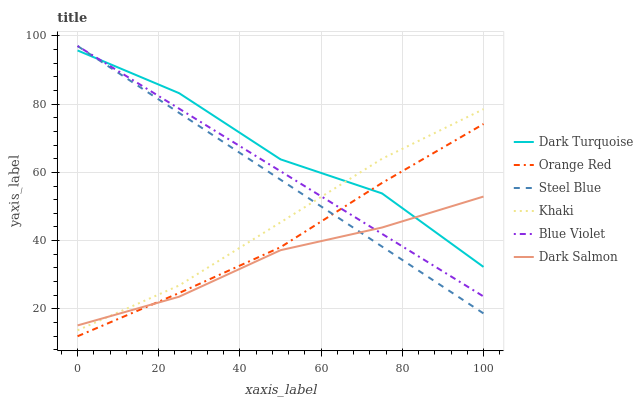
| xaxis_label | Dark Turquoise | Orange Red | Steel Blue | Khaki | Blue Violet | Dark Salmon |
 | --- | --- | --- | --- | --- | --- | --- |
 | 0 | 95.7 | 12 | 97 | 13.7 | 97 | 15.2 |
 | 25 | 83.2 | 24.7 | 77.4 | 26.9 | 78.7 | 23.6 |
 | 50 | 63.8 | 38.1 | 57.8 | 45.3 | 60.3 | 37.2 |
 | 75 | 53.8 | 56.9 | 38.3 | 64 | 42 | 43.8 |
 | 100 | 32.3 | 74.2 | 18.7 | 78.5 | 23.7 | 52.9 |